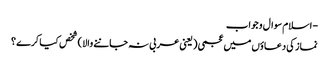
- اسلام سوال و جواب
نماز کی دعاؤں میں عجمی ( یعنی عربی نہ جاننے والا ) شخص کیا کرے ؟